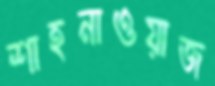
শাহনাওয়াজ